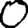
Digit: 0